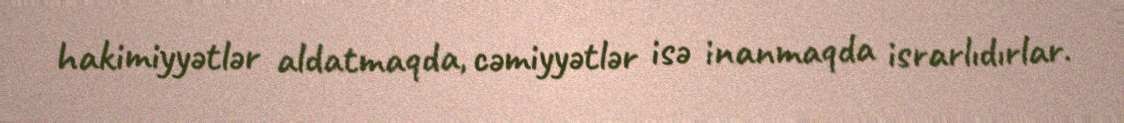
hakimiyyətlər aldatmaqda, cəmiyyətlər isə inanmaqda israrlıdırlar.